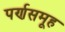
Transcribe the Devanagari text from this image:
पर्णसमूह